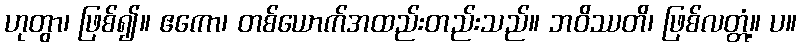
ဟုတွာ၊ ဖြစ်၍။ ဧကော၊ တစ်ယောက်အထည်းတည်းသည်။ ဘဝိဿတိ၊ ဖြစ်လတ္တံ့။ ပ။